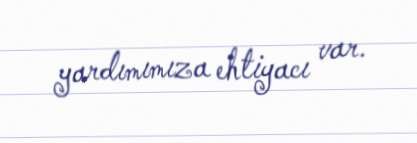
yardımımıza ehtiyacı var.